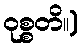
ဝုစ္စတိ။)